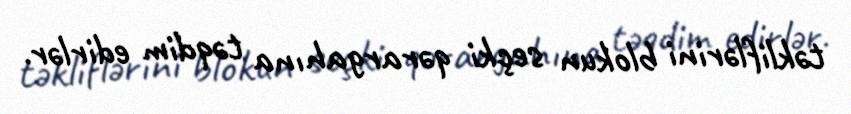
təkliflərini blokun seçki qərargahına təqdim edirlər.